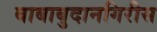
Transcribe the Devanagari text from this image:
बाबाबुदानगिरीस